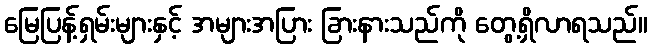
မြေပြန့်ရှမ်းများနှင့် အများအပြား ခြားနားသည်ကို တွေ့ရှိလာရသည်။